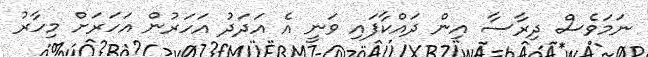
ނަމަވެސް ދިރާސާ އިން ދައްކާފައި ވަނީ އެ އަދަދު އަހަރުން އަހަރަށް މިހާރު